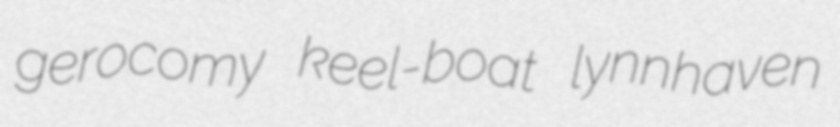
gerocomy keel-boat lynnhaven